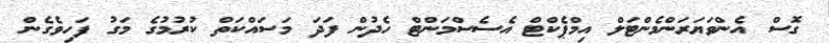
ގޮސް އެންވަޔަރަންމެންޓަލް އިމްޕެކްޓް އެސެސްމަންޓް ހެދުން ފަދަ މަސައްކަތް ކުރުމުގެ މަގު ފަހިވެގެން